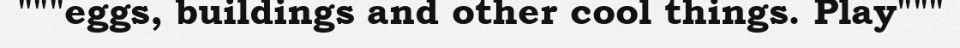
"""eggs, buildings and other cool things. Play"""